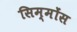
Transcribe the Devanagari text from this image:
सिम्मोंस